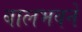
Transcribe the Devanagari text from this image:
बालभवने